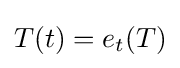
\displaystyle {T(t)=e_{t}(T)}